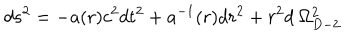
d s ^ { 2 } = - a ( r ) c ^ { 2 } d t ^ { 2 } + a ^ { - 1 } ( r ) d r ^ { 2 } + r ^ { 2 } d \: \Omega _ { D - 2 } ^ { 2 }